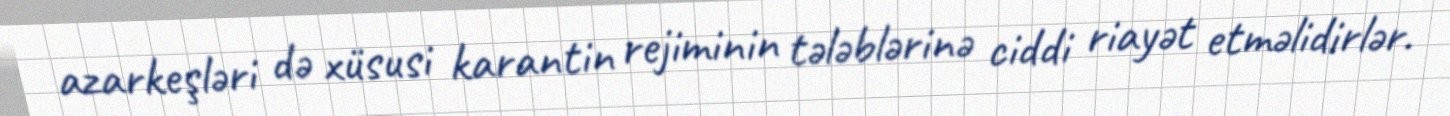
azarkeşləri də xüsusi karantin rejiminin tələblərinə ciddi riayət etməlidirlər.